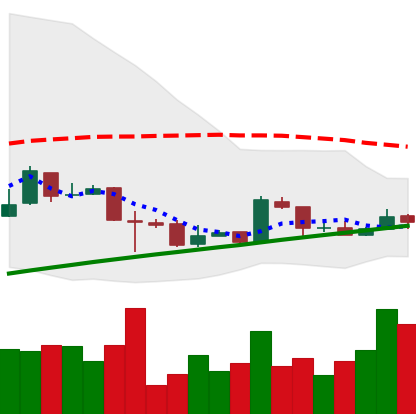
Ticker: BTC-USD
Chart end date: 2016-02-11
Forward return: 7.331%
Label: up_7plus